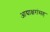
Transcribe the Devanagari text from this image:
आद्याक्षरांसह